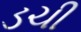
ડચી